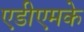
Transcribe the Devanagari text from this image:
एडीएमके